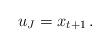
LaTeX: \begin{align*}u_J=x_{t+1}\,.\end{align*}